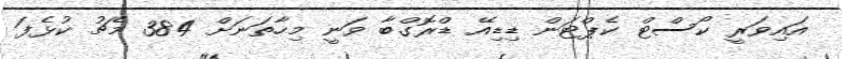
އައިވަރީ ކޯސްޓް ކެޕްޓަން ޑިޑިއޭ ޑްރޮގްބާ ވަނީ މިހާތަނަށް 384 މެޗު ކުޅެފަ